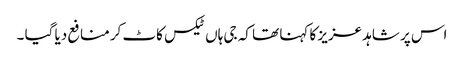
اس پر شاہد عزیز کا کہنا تھا کہ جی ہاں ٹیکس کاٹ کر منافع دیا گیا ۔